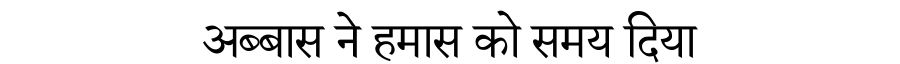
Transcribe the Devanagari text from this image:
अब्बास ने हमास को समय दिया